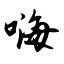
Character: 嗨